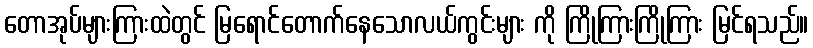
တောအုပ်များကြားထဲတွင် မြရောင်တောက်နေသောလယ်ကွင်းများ ကို ကြိုကြားကြိုကြား မြင်ရသည်။